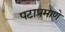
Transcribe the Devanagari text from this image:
पटाप्रमाणे